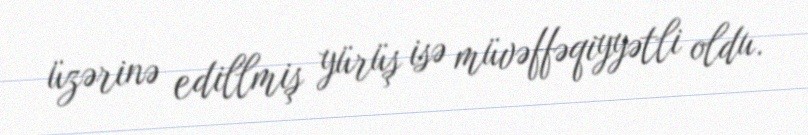
üzərinə edillmiş yürüş isə müvəffəqiyyətli oldu.